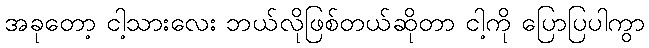
အခုတော့ ငါ့သားလေး ဘယ်လိုဖြစ်တယ်ဆိုတာ ငါ့ကို ပြောပြပါကွာ